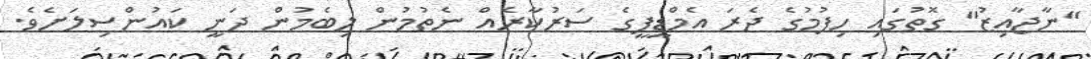
"ނާޖާއިޒު" ގޮތުގައި ހިފުމުގެ ދެރަ އެމްޑީޕީގެ ސަރުކާރެއް ނެތުމުން ލިބެމުން ދަނީ ކައުންސިލަށެވެ.